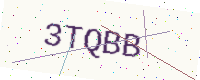
Text: 3TQBB